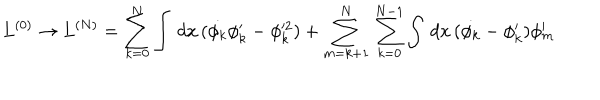
L ^ { ( 0 ) } \rightarrow L ^ { ( N ) } = \sum _ { k = 0 } ^ { N } \int \, d x \, ( \dot { \phi _ { k } } \phi _ { k } ^ { \prime } - \phi _ { k } ^ { 2 } ) + \sum _ { m = k + 1 } ^ { N } \, \sum _ { k = 0 } ^ { N - 1 } \int \, d x \, ( \dot { \phi _ { k } } - \phi _ { k } ^ { \prime } ) \phi _ { m } ^ { \prime }